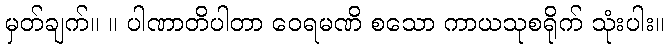
မှတ်ချက်။ ။ ပါဏာတိပါတာ ဝေရမဏိ စသော ကာယသုစရိုက် သုံးပါး။